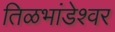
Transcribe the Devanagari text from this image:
तिळभांडेश्वर